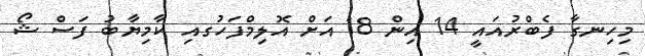
މިހިނގާ ފެބްރުއައީ 14 އިން 18 އަށް އޮލިމްފަހުގއި ކާމިޔާބު ފަސް ޝޯ